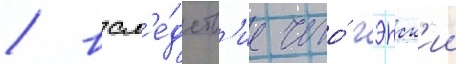
/ всл'е́дств'ие чего́ гэнск'ии